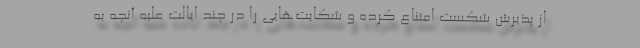
از پذیرش شکست امتناع کرده و شکایت‌هایی را در چند ایالت علیه آنچه به